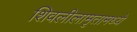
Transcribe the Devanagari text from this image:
शिवलीलामृतामध्ये